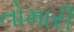
તોમારી